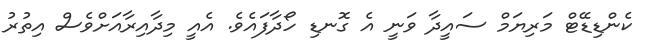
ކެންޑިޑޭޓް މަރިޔަމް ސައީދާ ވަނީ އެ ގޮނޑި ހޯދާފައެވެ. އެއީ މިދާއިރާއަށްވެސް އިތުރު